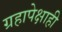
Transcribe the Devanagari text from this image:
ग्रहापेक्षाही